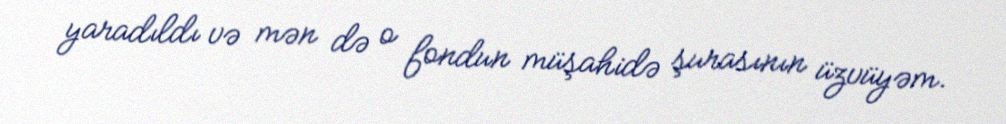
yaradıldı və mən də o fondun müşahidə şurasının üzvüyəm.